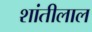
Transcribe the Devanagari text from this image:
शांतीलाल